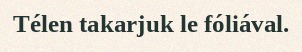
Télen takarjuk le fóliával.